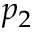
p _ { 2 }